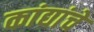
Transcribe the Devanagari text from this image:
कांद्यांचे